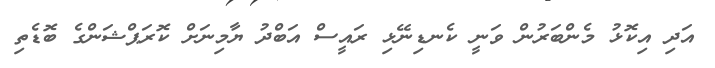
އަދި އިކޮޅު މެންބަރުން ވަނީ ކެނޑިނޭޅި ރައީސް އަބްދު ޔާމިނަށް ކޮރަޕްޝަންގެ ބޮޑެތި